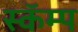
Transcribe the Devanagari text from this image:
स्कॅम्प